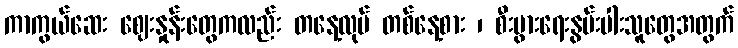
ကာကွယ်ဆေး ဈေးနှုန်းတွေကလည်း တနေ့လုပ် တစ်နေ့စား ၊ စီးပွားရေးနွမ်းပါးသူတွေအတွက်